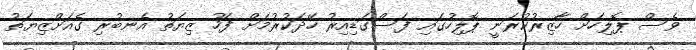
ވެސް ޕޮލިހަށް ހާޒިރުކުރަނީ ޕޮލިހުގައި ފަސްގަޑިއިރު ހޭދަކުރުމަށް ފަހު ޒިޔަތު އެނބުރި ގެއަށްޒިޔަތުު